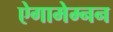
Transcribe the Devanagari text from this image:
ऐगामेम्नन